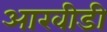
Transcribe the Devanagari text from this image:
आरवीडी